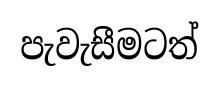
පැවැසීමටත්